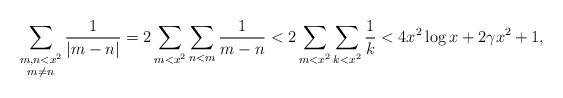
LaTeX: \begin{align*} \sum_{\substack{m,n<x^2 \\ m\neq n}} \frac{1}{|m-n|} = 2\sum_{m<x^2} \sum_{n<m} \frac{1}{m-n} &< 2\sum_{m<x^2} \sum_{k<x^2} \frac{1}{k} < 4x^2\log x + 2\gamma x^2 + 1,\end{align*}